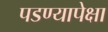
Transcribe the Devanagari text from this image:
पडण्यापेक्षा